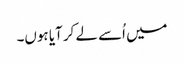
میں اُسے لے کر آیا ہوں۔